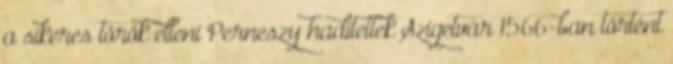
a sikeres török elleni Perneszy haditettek Szigetvár 1566-ban történt